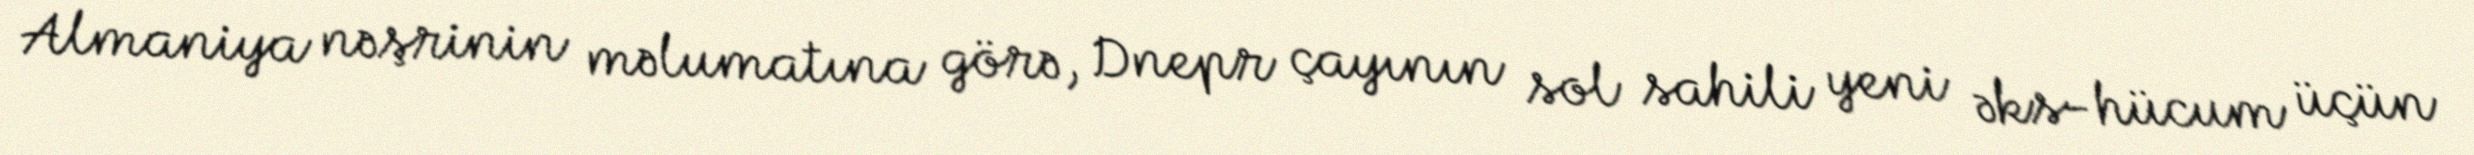
Almaniya nəşrinin məlumatına görə, Dnepr çayının sol sahili yeni əks-hücum üçün